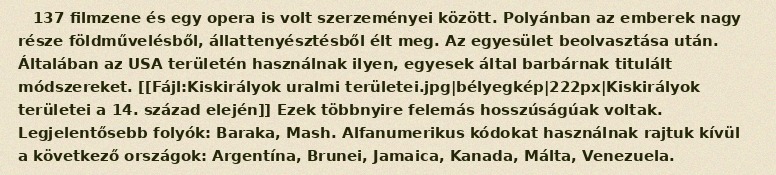
137 filmzene és egy opera is volt szerzeményei között. Polyánban az emberek nagy része földművelésből, állattenyésztésből élt meg. Az egyesület beolvasztása után. Általában az USA területén használnak ilyen, egyesek által barbárnak titulált módszereket. [[Fájl:Kiskirályok uralmi területei.jpg|bélyegkép|222px|Kiskirályok területei a 14. század elején]] Ezek többnyire felemás hosszúságúak voltak. Legjelentősebb folyók: Baraka, Mash. Alfanumerikus kódokat használnak rajtuk kívül a következő országok: Argentína, Brunei, Jamaica, Kanada, Málta, Venezuela.